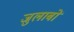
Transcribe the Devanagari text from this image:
जुलाबों